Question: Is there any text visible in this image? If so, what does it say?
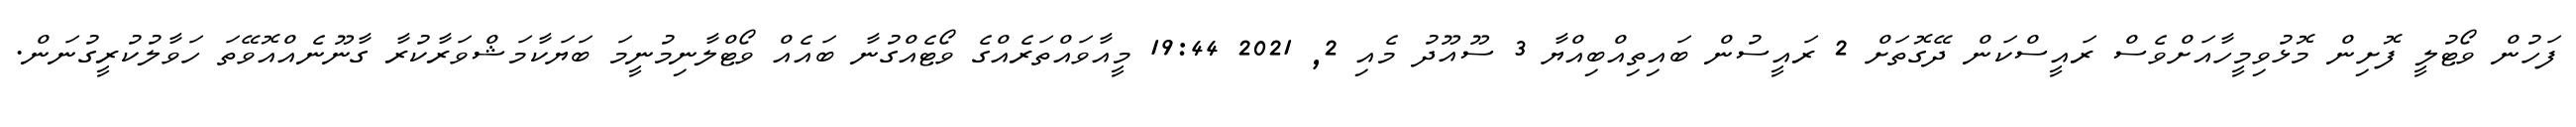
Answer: ފަހުން ވޯޓުލީ ފޮށިން މޮޅުވިމީހާއަށްވެސް ރައީސްކަން ދޭގޮތަށް 2 ރައީސުން ބައިތިއްބިއްޔާ 3 ސޫއޫދު މެއި 2, 2021 19:44 މީއާވައްތަރެއްގެ ވޯޓެއްގުނާ ބައެއް ވޯޓްލާނިމުނީމަ ބަޔަކާމަޝްވަރާކުރާ ގާނޫނެއްއޮވޭތަ ހަވާލުކުރީގުނަން.